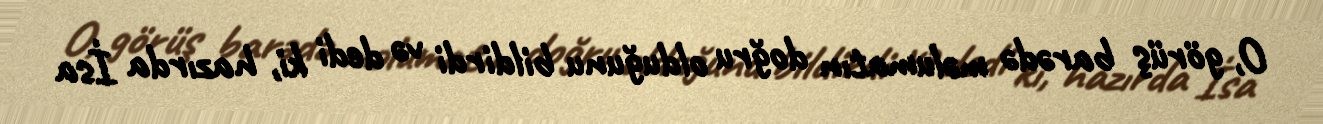
O, görüş barədə məlumatın doğru olduğunu bildirdi və dedi ki, hazırda İsa